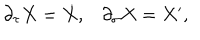
\begin{array} { c c } { { \partial _ { \tau } X = \dot { X } , } } & { { \partial _ { \sigma } X = X ^ { \prime } , } } \\ \end{array}